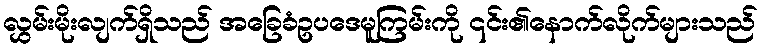
လွှမ်းမိုးလျက်ရှိသည် အခြေခံဥပဒေမူကြမ်းကို ၎င်း၏နောက်လိုက်များသည်